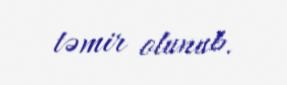
təmir olunub.